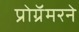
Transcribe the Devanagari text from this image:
प्रोग्रॅमरने